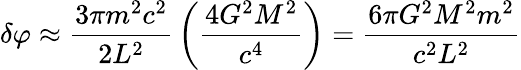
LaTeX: \delta\varphi\approx{\frac{3\pi m^{2}c^{2}}{2L^{2}}}\left({\frac{4G^{2}M^{2}}{c^{4}}}\right)={\frac{6\pi G^{2}M^{2}m^{2}}{c^{2}L^{2}}}